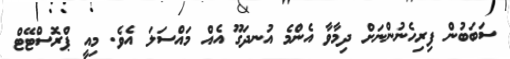
ސަބަބުން ފިރިހެނުންނަށް ދިމާވާ އެންމެ އުނދަގޫ އެއް މައްސަލަ އެވެ. މިއީ ޕްރޮސްޓޭޓް